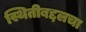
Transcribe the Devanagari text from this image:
स्थितीबद्दलचा